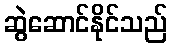
ဆွဲဆောင်နိုင်သည်